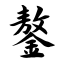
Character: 鏊